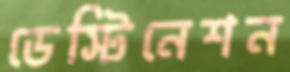
ডেস্টিনেশন